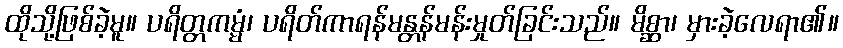
ထိုသို့ဖြစ်ခဲ့မူ။ ပရိတ္တကမ္မံ၊ ပရိတ်ကာရန်မန္တန်မန်းမှုတ်ခြင်းသည်။ မိစ္ဆာ၊ မှားခဲ့လေရာ၏။